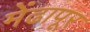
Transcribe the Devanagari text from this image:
मेंढापूर